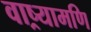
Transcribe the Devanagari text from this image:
वाष्र्यामणि